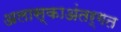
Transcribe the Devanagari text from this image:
अलास्काअंतर्गत